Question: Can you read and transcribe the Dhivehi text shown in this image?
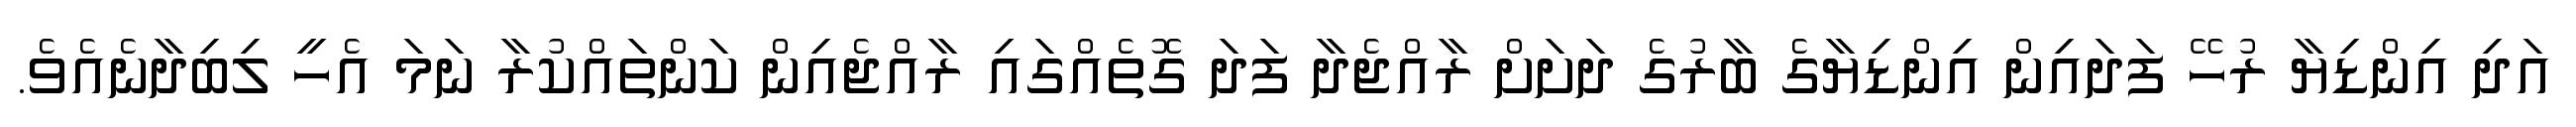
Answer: އަދި އިންޑިޔާ ރުހޭ ފަދައިން އިންޑިޔާގެ ބާރުގެ ދަށަށް ރާއްޖެދާ ފަދަ ގޮތެއްގައި ރާއްޖެއިން ކަންތައްކުރާ ނަމަ އެހީ ލިބިދާނެއެވެ.